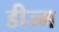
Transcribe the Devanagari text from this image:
डीज्म